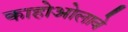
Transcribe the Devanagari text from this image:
काहोओलावे